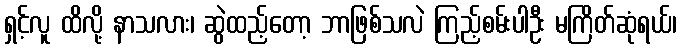
ရှင့်လူ ထိလို့ နာသလား၊ ဆွဲထည့်တော့ ဘာဖြစ်သလဲ ကြည့်စမ်းပါဦး မကြိတ်ဆုံရယ်၊